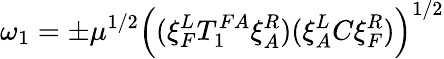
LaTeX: \omega_{1}=\pm\mu^{1/2}\left((\xi_{F}^{L}T_{1}^{FA}\xi_{A}^{R})(\xi_{A}^{L}C\xi_{F}^{R})\right)^{1/2}